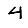
Digit: 4